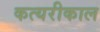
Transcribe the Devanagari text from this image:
कत्यरीकाल